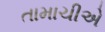
તામાચીએ